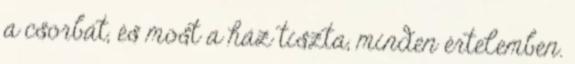
a csorbát, és most a ház tiszta, minden értelemben.